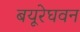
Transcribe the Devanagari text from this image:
बयूरेघवन